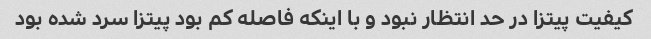
کیفیت پیتزا در حد انتظار نبود و با اینکه فاصله کم بود پیتزا سرد شده بود